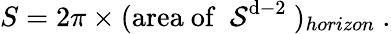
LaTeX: S=2\pi\times(\mathrm{area~of~{\cal~S}^{d-2}~})_{horizon}\ .